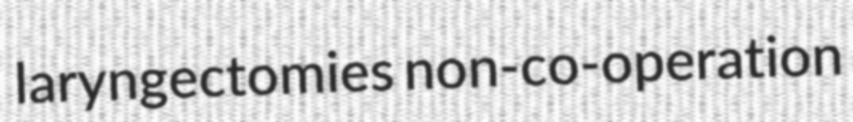
laryngectomies non-co-operation